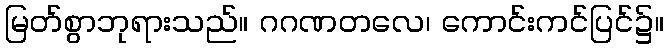
မြတ်စွာဘုရားသည်။ ဂဂဏတလေ၊ ကောင်းကင်ပြင်၌။